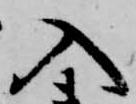
入